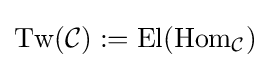
\operatorname {Tw} ({\mathcal {C}}):=\operatorname {El} (\operatorname {Hom} _{\mathcal {C}})